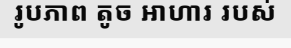
រូបភាព តូច អាហារ របស់